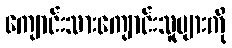
ကျောင်းသားကျောင်းသူများကို